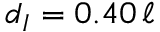
d _ { I } = 0 . 4 0 \, \ell